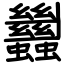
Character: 蠿